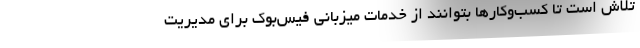
تلاش است تا کسب‌وکارها بتوانند از خدمات میزبانی فیس‌بوک برای مدیریت